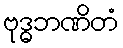
ဗုဒ္ဓဘဏိတံ